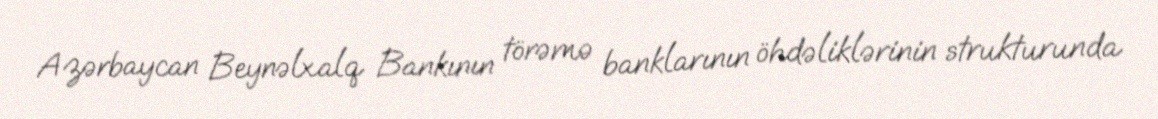
Azərbaycan Beynəlxalq Bankının törəmə banklarının öhdəliklərinin strukturunda